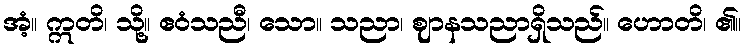
အံ့။ ဣတိ၊ သို့။ ဧဝံသညီ၊ သော။ သညာ၊ ဈာနသညာရှိသည်။ ဟောတိ၊ ၏။